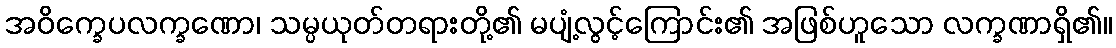
အဝိက္ခေပလက္ခဏော၊ သမ္ပယုတ်တရားတို့၏ မပျံ့လွင့်ကြောင်း၏ အဖြစ်ဟူသော လက္ခဏာရှိ၏။